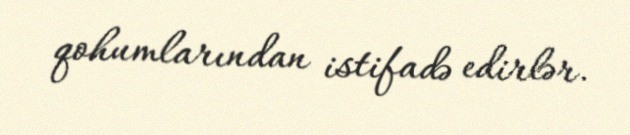
qohumlarından istifadə edirlər.